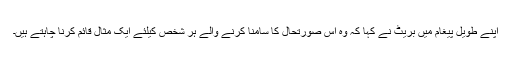
اپنے طویل پیغام میں بریٹ نے کہا کہ وہ اس صورتحال کا سامنا کرنے والے ہر شخص کیلئے ایک مثال قائم کرنا چاہتے ہیں۔